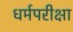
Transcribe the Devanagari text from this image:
धर्मपरीक्षा